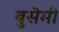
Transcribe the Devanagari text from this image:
बुसेमी